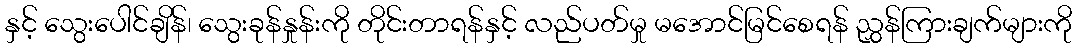
နှင့် သွေးပေါင်ချိန်၊ သွေးခုန်နှုန်းကို တိုင်းတာရန်နှင့် လည်ပတ်မှု မအောင်မြင်စေရန် ညွှန်ကြားချက်များကို